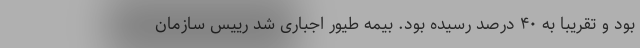
بود و تقریبا به ۴۰ درصد رسیده بود. بیمه طیور اجباری شد رییس سازمان